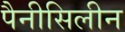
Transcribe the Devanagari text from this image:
पैनीसिलीन